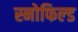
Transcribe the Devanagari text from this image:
स्‍नोफिल्‍ड